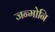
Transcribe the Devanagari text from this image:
जन्मोनि